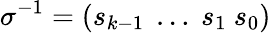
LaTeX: \sigma^{-1}=(s_{k-1}~\dots~s_{1}~s_{0})